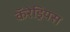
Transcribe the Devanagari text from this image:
कॅरेड्रियस